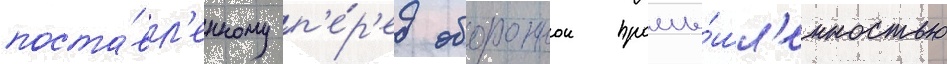
поста́вл'енному п'е́р'ед обороннои промы́шл'енностью